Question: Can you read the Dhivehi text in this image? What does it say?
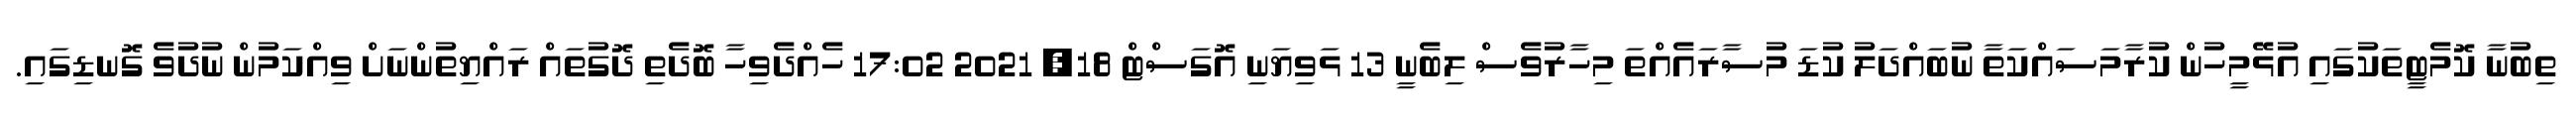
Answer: ތިބުނާ ކޮމެޓީތަކުގައި އުޅޭމީހުން ކުރާމަސައްކަތާ ނުބައްދަލު ކުޑަ މުސާރައެއްތަ މިހާރުވެސް ލިބެނީ 13 ޅަވިޔަނި އޮގަސްޓް 18, 2021 17:02 ހެއްދެވިހާ ބޮދެތި ދޮގުތައް ރައްޔިތުންނަށް ވިއްކަމުން ނުދުވެ ގޮނޑިގައި.